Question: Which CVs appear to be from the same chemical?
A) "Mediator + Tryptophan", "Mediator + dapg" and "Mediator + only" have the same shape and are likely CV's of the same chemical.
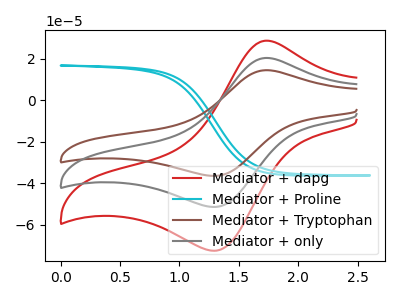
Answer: <think>The red curve "Mediator + dapg" has an anodic peak at (1.75V, 40.55uA) and a cathodic peak at (1.30V, -102.70uA). The cyan curve "Mediator + Proline" has no peaks. The brown curve "Mediator + Tryptophan" has an anodic peak at (1.75V, 14.40uA) and a cathodic peak at (1.30V, -36.45uA). The gray curve "Mediator + only" has an anodic peak at (1.75V, 20.25uA) and a cathodic peak at (1.30V, -51.35uA).
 "Mediator + dapg" and "Mediator + Proline" have a different number of peaks. All the peaks in "Mediator + dapg" have a peak in "Mediator + Tryptophan" at the same potential. Every peak in "Mediator + dapg" is higher than every peak in "Mediator + Tryptophan". All the peaks in "Mediator + dapg" have a peak in "Mediator + only" at the same potential. Every peak in "Mediator + dapg" is higher than every peak in "Mediator + only". "Mediator + Proline" and "Mediator + Tryptophan" have a different number of peaks. "Mediator + Proline" and "Mediator + only" have a different number of peaks. All the peaks in "Mediator + Tryptophan" have a peak in "Mediator + only" at the same potential. Every peak in "Mediator + Tryptophan" is lower than every peak in "Mediator + only".</think>
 <answer>A) "Mediator + Tryptophan", "Mediator + dapg" and "Mediator + only" have the same shape and are likely CV's of the same chemical.</answer>
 <eval>A</eval>